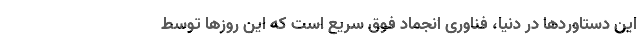
این دستاوردها در دنیا، فناوری انجماد فوق سریع است که این روزها توسط